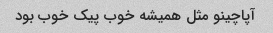
آپاچینو مثل همیشه خوب پیک خوب بود